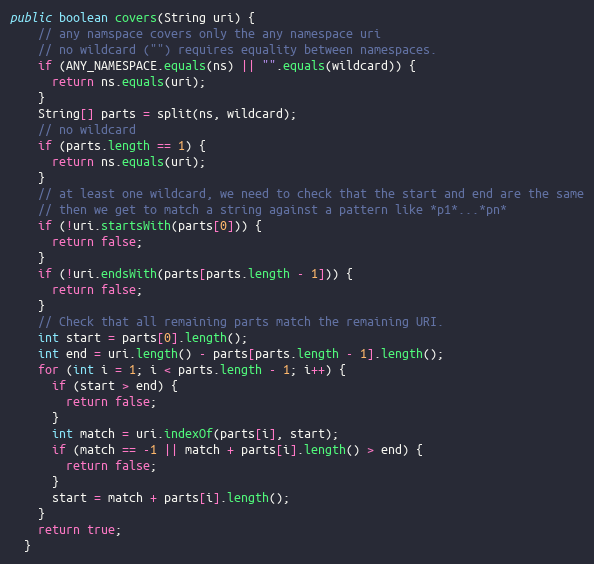
Language: Java
public boolean covers(String uri) {
    // any namspace covers only the any namespace uri
    // no wildcard ("") requires equality between namespaces.
    if (ANY_NAMESPACE.equals(ns) || "".equals(wildcard)) {
      return ns.equals(uri);
    }
    String[] parts = split(ns, wildcard);
    // no wildcard
    if (parts.length == 1) {
      return ns.equals(uri);
    }
    // at least one wildcard, we need to check that the start and end are the same
    // then we get to match a string against a pattern like *p1*...*pn*
    if (!uri.startsWith(parts[0])) {
      return false;
    }
    if (!uri.endsWith(parts[parts.length - 1])) {
      return false;
    }
    // Check that all remaining parts match the remaining URI.
    int start = parts[0].length();
    int end = uri.length() - parts[parts.length - 1].length();
    for (int i = 1; i < parts.length - 1; i++) {
      if (start > end) {
        return false;
      }
      int match = uri.indexOf(parts[i], start);
      if (match == -1 || match + parts[i].length() > end) {
        return false;
      }
      start = match + parts[i].length();
    }
    return true;
  }